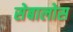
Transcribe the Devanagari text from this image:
सेबालोस